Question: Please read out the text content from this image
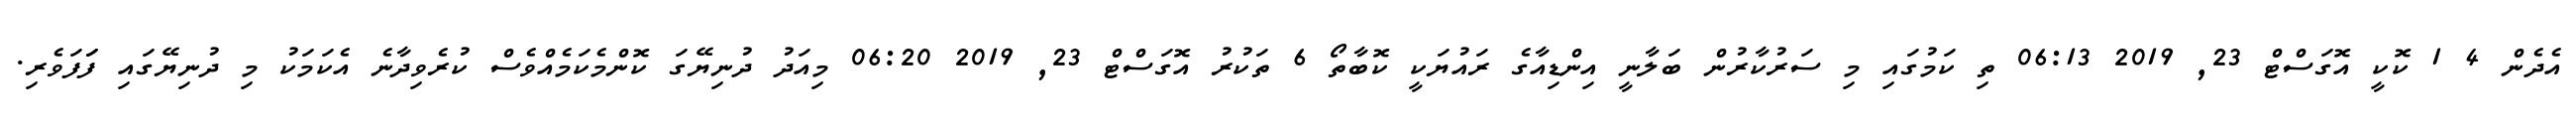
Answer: އެދެން 4 1 ކޮކީ އޮގަސްޓް 23, 2019 06:13 ތި ކަމުގައި މި ސަރުކާރުން ބަލާނީ އިންޑިއާގެ ރައުޔަކީ ކޮބާތޯ 6 ތަކުރު އޮގަސްޓް 23, 2019 06:20 މިއަދު ދުނިޔޭގަ ކޮންމެކަމެއްވެސް ކުރެވިދާނެ އެކަމަކު މި ދުނިޔޭގައި ފަަފަވެރި.